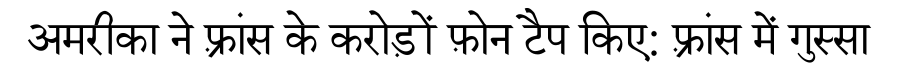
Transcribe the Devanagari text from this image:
अमरीका ने फ़्रांस के करोड़ों फ़ोन टैप किए: फ़्रांस में गुस्सा